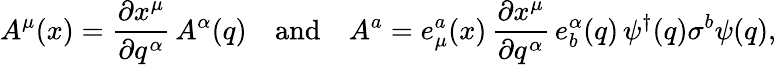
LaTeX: A^{\mu}(x)=\frac{\partial x^{\mu}}{\partial q^{\alpha}}\, A^{\alpha}(q)\quad\mathrm{and}\quad A^{a}=e_{\mu}^{a}(x)\, \frac{\partial x^{\mu}}{\partial q^{\alpha}}\, e_{b}^{\alpha}(q)\, \psi^{\dagger}(q)\sigma^{b}\psi(q),